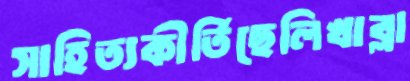
সাহিত্যকীর্তিছেলিখাব্‌লা